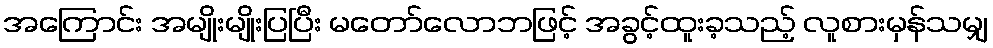
အကြောင်း အမျိုးမျိုးပြပြီး မတော်လောဘဖြင့် အခွင့်ထူးခ့သည့် လူစားမှန်သမျှ